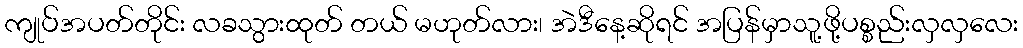
ကျုပ်အပတ်တိုင်း လခသွားထုတ် တယ် မဟုတ်လား၊ အဲဒီနေ့ဆိုရင် အပြန်မှာသူ့ဖို့ပစ္စည်းလှလှလေး